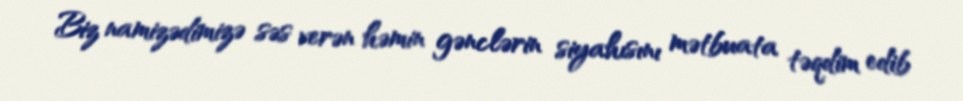
Biz namizədimizə səs verən həmin gənclərin siyahısını mətbuata təqdim edib